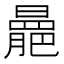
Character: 𣋍